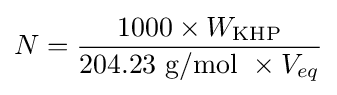
N={\frac {1000\times W_{\text{KHP}}}{{\text{204.23 g/mol }}\times V_{eq}}}